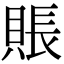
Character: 賬